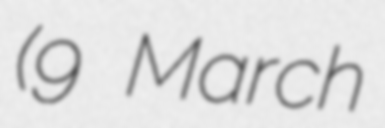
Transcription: (9 March